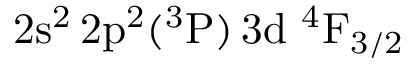
\mathrm { 2 s ^ { 2 } \, 2 p ^ { 2 } ( ^ { 3 } P ) \, 3 d ~ ^ { 4 } F _ { 3 / 2 } }